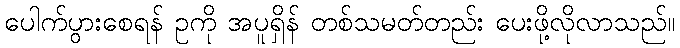
ပေါက်ပွားစေရန် ဥကို အပူရှိန် တစ်သမတ်တည်း ပေးဖို့လိုလာသည်။